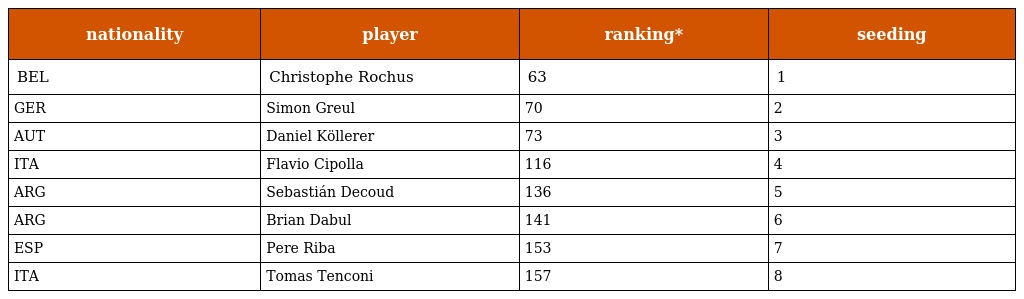
| nationality | player | ranking* | seeding |
 | --- | --- | --- | --- |
 | BEL | Christophe Rochus | 63 | 1 |
 | GER | Simon Greul | 70 | 2 |
 | AUT | Daniel Köllerer | 73 | 3 |
 | ITA | Flavio Cipolla | 116 | 4 |
 | ARG | Sebastián Decoud | 136 | 5 |
 | ARG | Brian Dabul | 141 | 6 |
 | ESP | Pere Riba | 153 | 7 |
 | ITA | Tomas Tenconi | 157 | 8 |